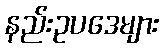
နည်းဥပဒေများ